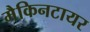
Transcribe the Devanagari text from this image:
मैकिनटायर